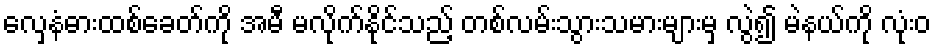
လှေနံဓားထစ်ခေတ်ကို အမီ မလိုက်နိုင်သည့် တစ်လမ်းသွားသမားများမှ လွဲ၍ မဲနယ်ကို လုံးဝ